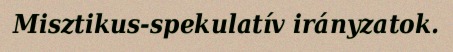
Misztikus-spekulatív irányzatok.